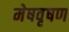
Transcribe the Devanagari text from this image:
मेषवृषण